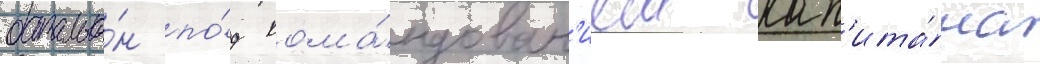
батальо́н по́д кома́ндован'ием кап'ита́на